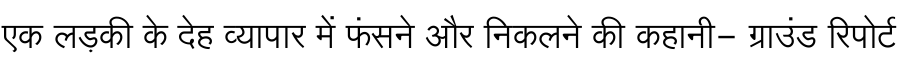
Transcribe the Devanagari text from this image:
एक लड़की के देह व्यापार में फंसने और निकलने की कहानी- ग्राउंड रिपोर्ट